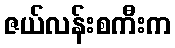
ဇယ်လန်းစကီးက